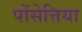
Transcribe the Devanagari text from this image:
पोंसेत्तिया